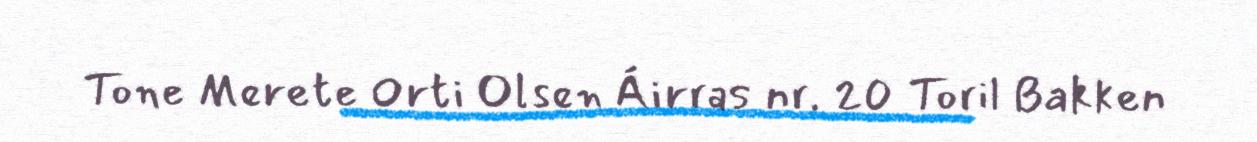
Tone Merete Orti Olsen Áirras nr. 20 Toril Bakken